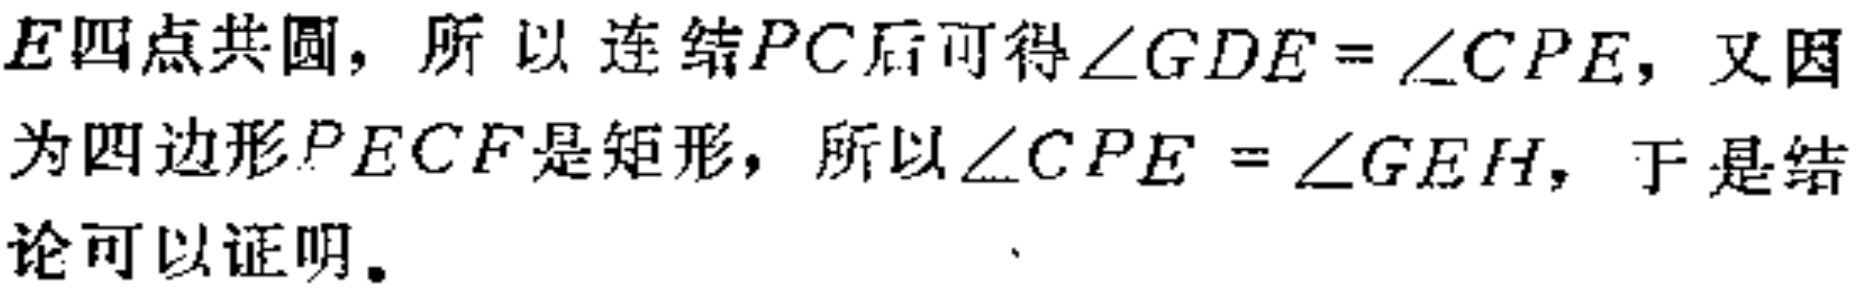
$E$四点共圆，所以连结$PC$后可得$\angle GDE = \angle CPE$，又因为四边形$PECF$是矩形，所以$\angle CPE = \angle GEH$，于是结论可以证明。